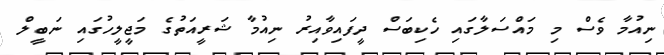
ނިއުމާ ވެސް މި މައްސަލާގައި ހެކިބަސް ދީފައިވާއިރު ނިއުމާ ޝަރީއަތުގެ މަޖީލީހުގައި ނަބީލް